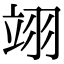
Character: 翊